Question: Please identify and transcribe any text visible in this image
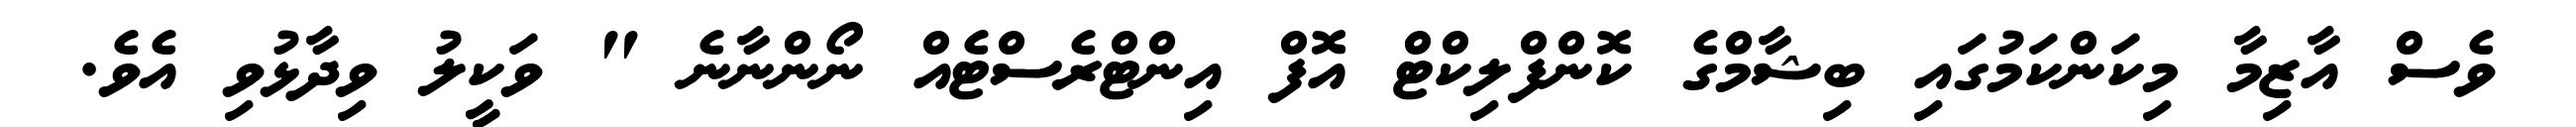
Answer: ވެސް އާޒިމާ މިކަންކަމުގައި ބިޝާމްގެ ކޮންފްލިކްޓް އޮފް އިންޓްރެސްޓެއް ނޯންނާނެ " ވަކީލު ވިދާޅުވި އެވެ.